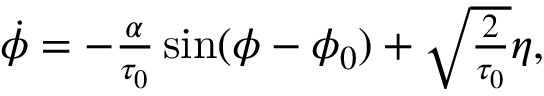
\begin{array} { r } { \dot { \phi } = - \frac { \alpha } { \tau _ { 0 } } \sin ( \phi - \phi _ { 0 } ) + \sqrt { \frac { 2 } { \tau _ { 0 } } } \eta , } \end{array}